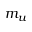
m _ { u }